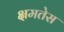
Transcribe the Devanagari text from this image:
क्षमतेस